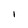
Character: i